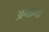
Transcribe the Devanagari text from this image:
अनामा